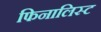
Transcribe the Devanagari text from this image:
फिनालिस्ट